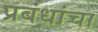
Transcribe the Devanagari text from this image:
प्रबंधांचा